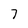
Character: 7